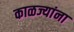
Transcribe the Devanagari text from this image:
काळज्यांना